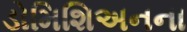
ડોમિશિઅનના